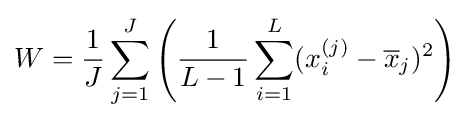
W={\frac {1}{J}}\sum _{j=1}^{J}\left({\frac {1}{L-1}}\sum _{i=1}^{L}(x_{i}^{(j)}-{\overline {x}}_{j})^{2}\right)